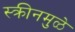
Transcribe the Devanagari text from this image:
स्क्रीनमुळे